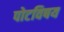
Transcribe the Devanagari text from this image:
पोटविषय